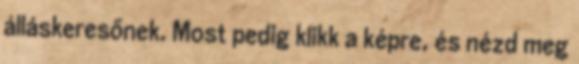
álláskeresőnek. Most pedig klikk a képre, és nézd meg